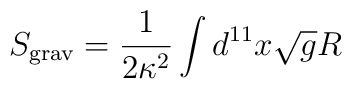
S_{\rm grav} = \frac{1}{ 2\kappa^2} \int d^{11}x \sqrt{g} R